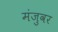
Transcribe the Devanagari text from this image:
मंजुवर